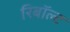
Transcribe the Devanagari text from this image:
रिबॉल्ट